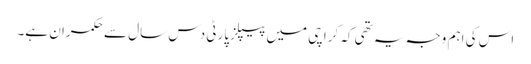
اس کی اہم وجہ یہ تھی کہ کراچی میں پیپلزپارٹی دس سال سے حکمران ہے۔